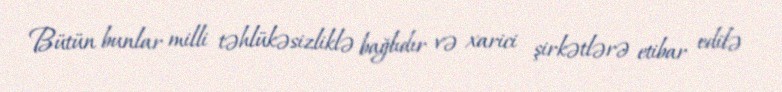
Bütün bunlar milli təhlükəsizliklə bağlıdır və xarici şirkətlərə etibar edilə